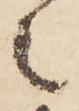
之